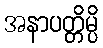
အနာပတ္တိမ္ပိ